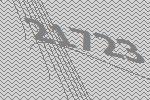
21723